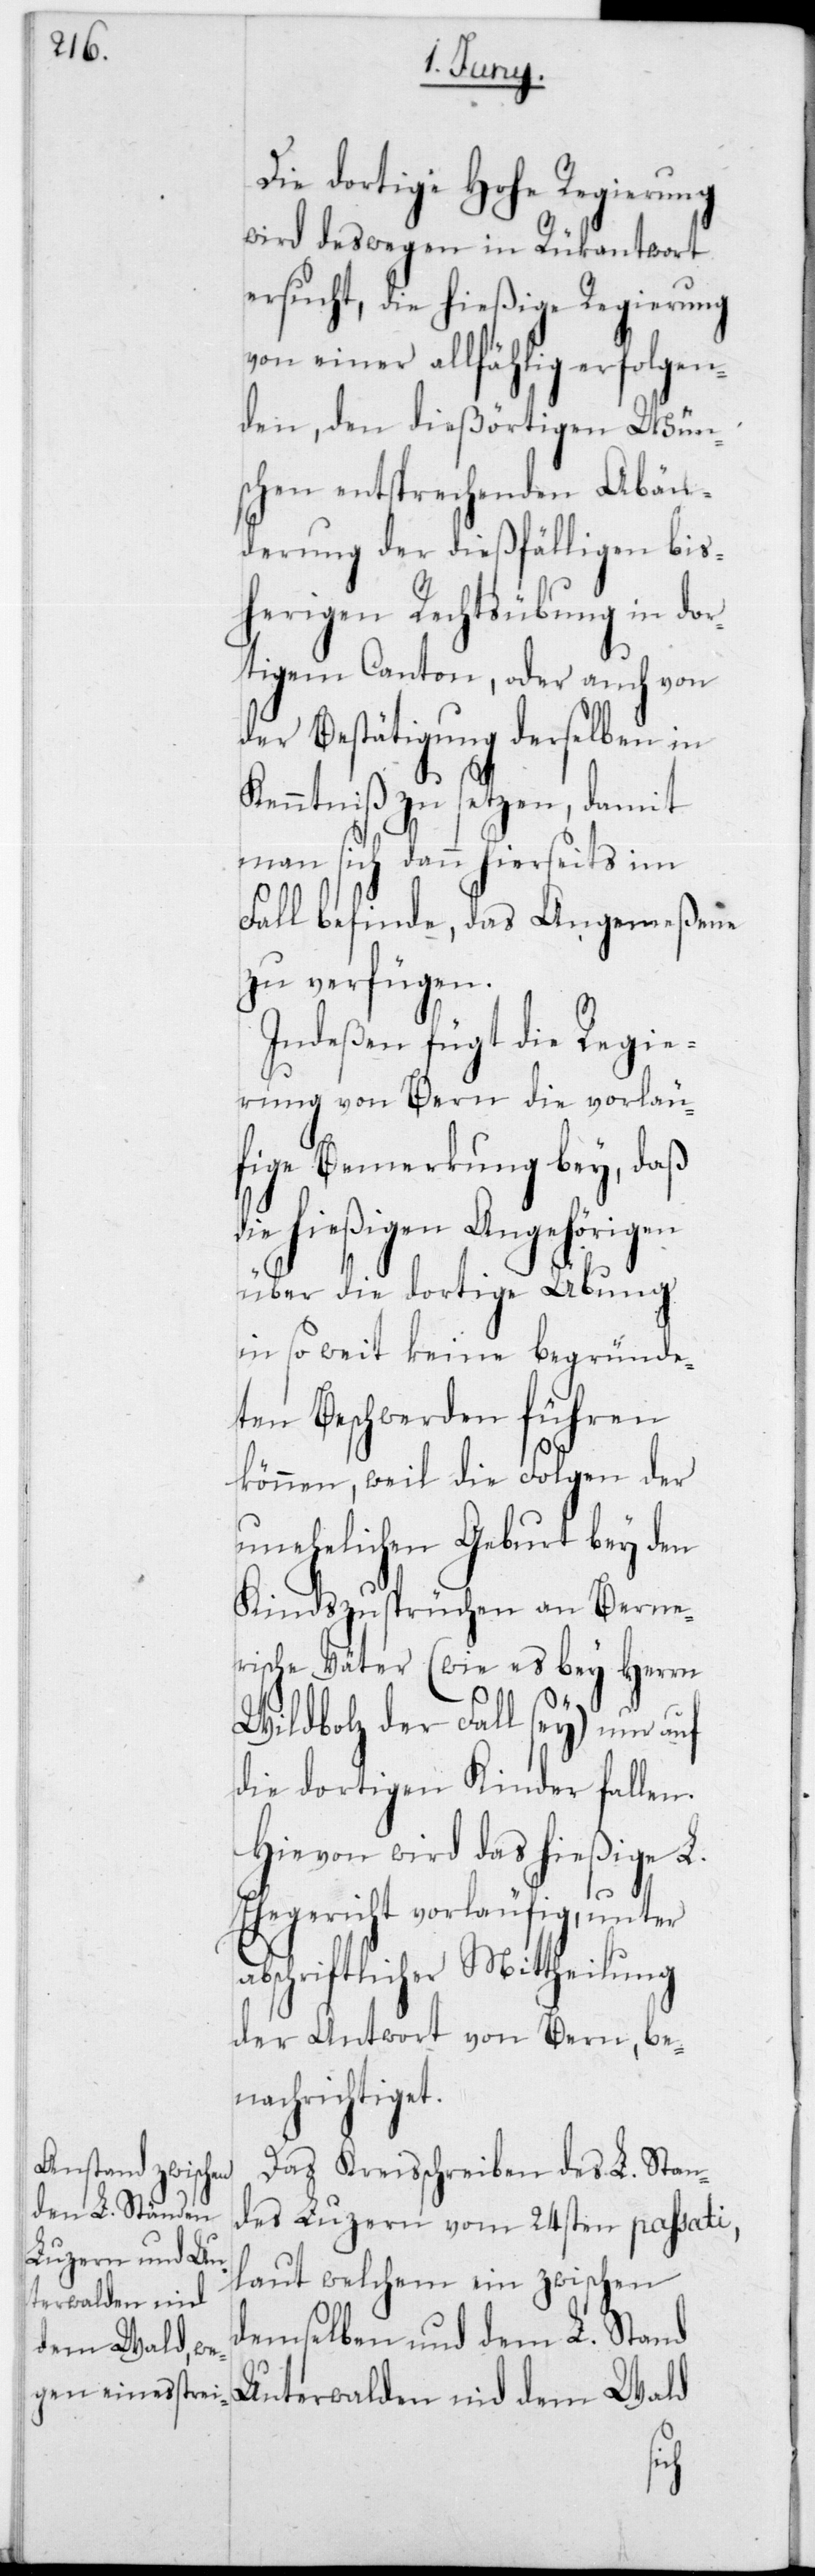
Die dortige Hohe Regierung
wird deswegen in Rükantwort
ersucht, die hießige Regierung
von einer allfählig erfolgen¬
den, den dießörtigen Wün¬
schen entsprechenden Abän¬
derung der dießfälligen bis¬
herigen Rechtsübung in dor¬
tigem Canton, oder auch von
der Bestätigung derselben in
Kenntniß zu setzen, damit
man sich dann hierorts im
Fall befinde, das Angemeßene
zu verfügen.
Indeßen fügt die Regie¬
rung von Bern die vorläu¬
fige Bemerkung bey, daß
die hießigen Angehörigen
über die dortige Übung
in so weit keine begründe¬
ten Beschwerden führen
können, weil die Folgen der
unehelichen Geburt bey den
Kindszusprüchen an Berne¬
rische Väter (wie es bey Herrn
Wildbolz der Fall sey) nur
die dortigen Kinder fallen.
Hievon wird das hießige L.
Ehegericht vorläufig, unter
abschriftlicher Mittheilung
der Antwort von Bern, be¬
nachrichtiget.
Das Kreisschreiben des L. Stan¬
des Luzern vom 24sten passati,
laut welchem ein zwischen
demselben und dem L. Stand
Unterwalden nid dem Wald